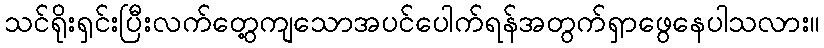
သင်ရိုးရှင်းပြီးလက်တွေ့ကျသောအပင်ပေါက်ရန်အတွက်ရှာဖွေနေပါသလား။